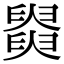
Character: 𦦚